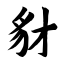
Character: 豺